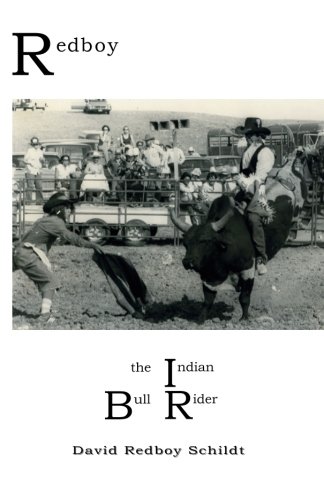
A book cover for Redboy the Indian Bull Rider; David Redboy Schildt; Sports & Outdoors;